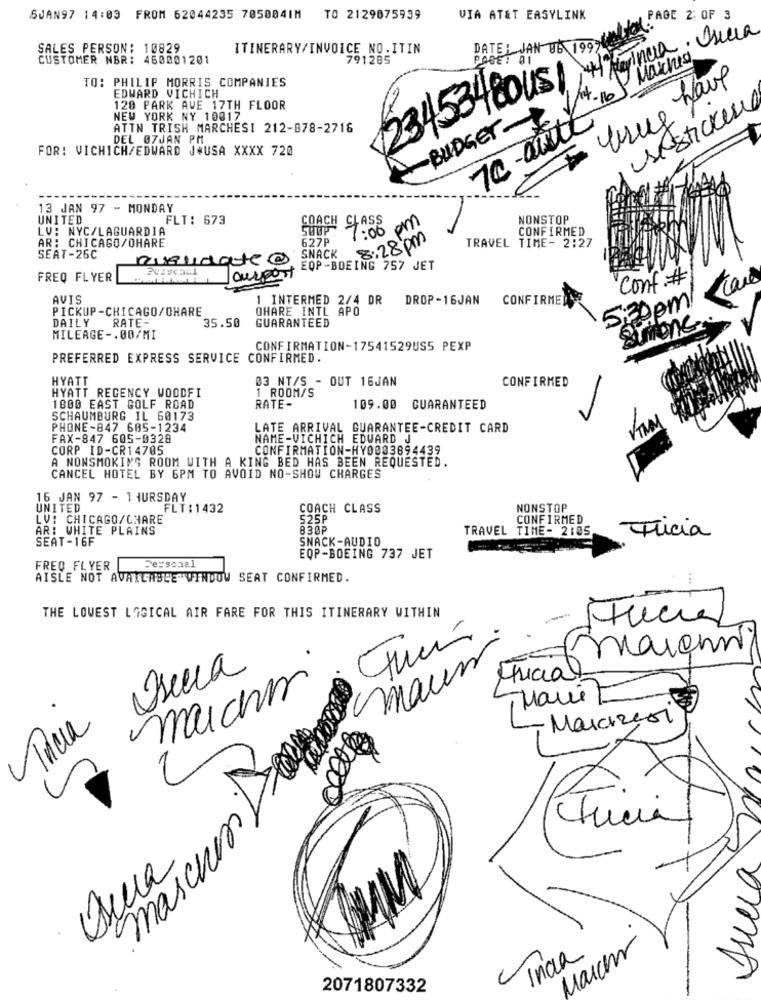
SJAN97 14:03 FROM 62044235 7050841M
TO 2129875939
VIA AT&T EASYLINK
PAGE 2 OF 3
DATEL JAN Ub 199 >UM
SALES PERSON: 10829
ITINERARY/INVOICE NO.ITIN
Herincia
CUSTOMER NBR: 460001201
791285
Marchia
TO: PHILIP MORRIS COMPANIES
true have
23453480US
14.10
EDWARD VICHICH
sesticker
120 PARK AVE 17TH FLOOR
NEW YORK NY 10017
BUDGET
7c -auth
ATTN TRISH MARCHESI 212-878-2716
FOR: VICHICH/EDWARD J*USA XXXX 720
DEL 07JAN PM
13 JAN 97 - MONDAY
UNITED
FLT: 673
COACH CLASS
pm
NONSTOP
LV: NYC/LAGUARDIA
7:06
CONFIRMED
AR: CHICAGO/OHARE
627P
8:28 pm
TRAVEL TIME- 2:27
SEAT-26C
neudate @
SNACK
EQP-BOEING 757 JET
FREQ FLYER
ourport
Conf #
AVIS
1 INTERMED 2/4 DR
DROP-16JAN
CONFIRME
PICKUP-CHICAGO/OHARE
OHARE INTL APO
5:30pm
DAILY RATE-
35.50
GUARANTEED
Simone
MILEAGE -. 00/MI
CONFIRMATION-17541529USS PEXP
PREFERRED EXPRESS SERVICE CONFIRMED.
HYATT
03 NT/S - OUT 16JAN
CONFIRMED
HYATT REGENCY WOODFI
1 ROOM/S
1800 EAST GOLF ROAD
RATE-
109.00 GUARANTEED
SCHAUMBURG IL 60173
PHONE-847 605-1234
LATE ARRIVAL GUARANTEE-CREDIT CARD
FAX-847 605-0328
NAME-VICHICH EDWARD J
CORP ID-CR14705
CONFIRMATION-HY0003894439
A NONSMOKING ROOM WITH A KING BED HAS BEEN REQUESTED.
CANCEL HOTEL BY 6PM TO AVOID NO-SHOW CHARGES
16 JAN 97 - 1 HURSDAY
UNITED
FLT:1432
COACH CLASS
NONSTOP
LV: CHICAGO/CHARE
525P
CONFIRMED
AR: WHITE PLAINS
830P
TRAVEL TIME- 2185
SEAT-16F
SNACK-AUDIO
Tricia
EQP-BOEING 737 JET
FREQ_FLYER
Personal
AISLE NOT AVAILABLE WINDOW SEAT CONFIRMED.
...
THE LOWEST LGSICAL AIR FARE FOR THIS ITINERARY WITHIN
.
maichnis
a
maus
Oseca
tricia
marchm
Marie
Inua
Marcizeon
Juna
amorous
Marcher
India
2071807332